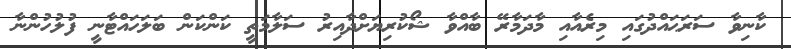
ކާނިވާ ސަރަޙައްދުގައި މިރެއާއި މާދަމާރޭ ބާއްވާ ޝޯކުރިޔަށްދާއިރު ސަލާމަތީ ކަންކަން ބަލަހައްޓާނީ ފުލުހުންނާ